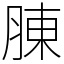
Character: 腖